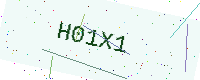
Text: H01X1